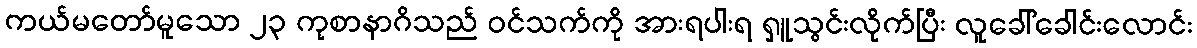
ကယ်မတော်မူသော ၂၃ ကုစာနာဂိသည် ဝင်သက်ကို အားရပါးရ ရှူသွင်းလိုက်ပြီး လူခေါ်ခေါင်းလောင်း